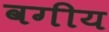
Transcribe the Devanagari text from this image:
वगीय